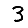
Digit: 3